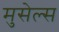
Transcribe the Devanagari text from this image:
मुसेल्स